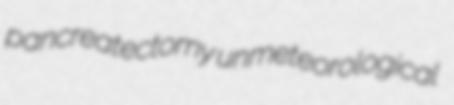
pancreatectomy unmeteorological